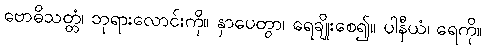
ဗောဓိသတ္တံ၊ ဘုရားလောင်းကို။ နှာပေတွာ၊ ရေချိုးစေ၍။ ပါနီယံ၊ ရေကို။